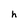
Character: h